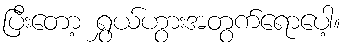
ပြီးတော့ ရွှယ်ဟွားအတွက်ရောပေါ့။